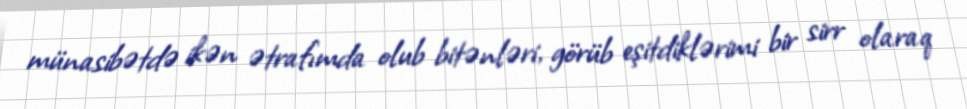
münasibətdə ikən ətrafımda olub bitənləri, görüb eşitdiklərimi bir sirr olaraq